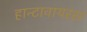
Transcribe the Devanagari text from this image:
हान्टावायरस